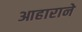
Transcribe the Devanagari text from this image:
आहाराने